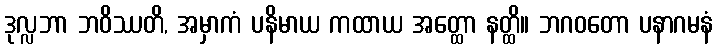
ဒုလ္လဘာ ဘဝိဿတိ, အမှာကံ ပနိမာယ ကထာယ အတ္ထော နတ္ထိ။ ဘဂဝတော ပနာဂမနံ